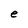
Character: e